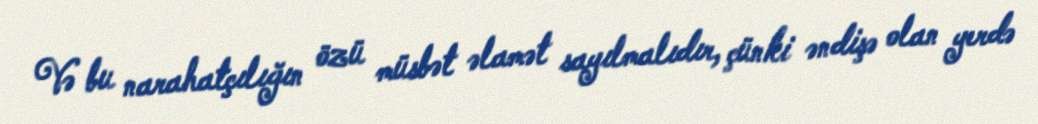
Və bu narahatçılığın özü müsbət əlamət sayılmalıdır, çünki əndişə olan yerdə